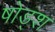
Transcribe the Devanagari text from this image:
षोड्श